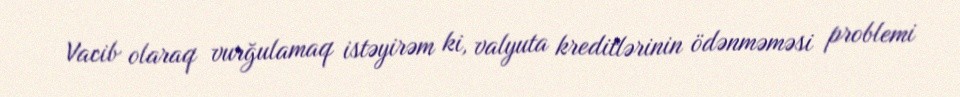
Vacib olaraq vurğulamaq istəyirəm ki, valyuta kreditlərinin ödənməməsi problemi